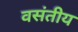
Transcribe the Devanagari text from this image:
वसंतीय